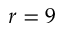
r = 9